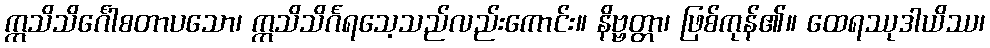
ဣသိသိင်္ဂေါစတာပသော၊ ဣသိသိင်္ဂရသေ့သည်လည်းကောင်း။ နိဗ္ဗတ္တာ၊ ဖြစ်ကုန်၏။ ထေရဿုဒါယိဿ၊